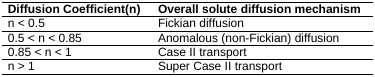
<table><thead><tr><td><b>Diffusion Coefficient(n)</b></td><td><b>Overall solute diffusion mechanism</b></td></tr></thead><tbody><tr><td>n &lt; 0.5</td><td>Fickian diffusion</td></tr><tr><td>0.5 &lt; n &lt; 0.85</td><td>Anomalous (non-Fickian) diffusion</td></tr><tr><td>0.85 &lt; n &lt; 1</td><td>Case II transport</td></tr><tr><td>n &gt; 1</td><td>Super Case II transport</td></tr></tbody></table>